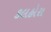
કલહોરા